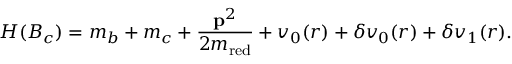
H ( B _ { c } ) = m _ { b } + m _ { c } + { \frac { { \bf p } ^ { 2 } } { 2 m _ { \mathrm { r e d } } } } + v _ { 0 } ( r ) + \delta v _ { 0 } ( r ) + \delta v _ { 1 } ( r ) .